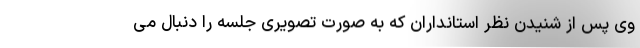
وی پس از شنیدن نظر استانداران که به صورت تصویری جلسه را دنبال می‌